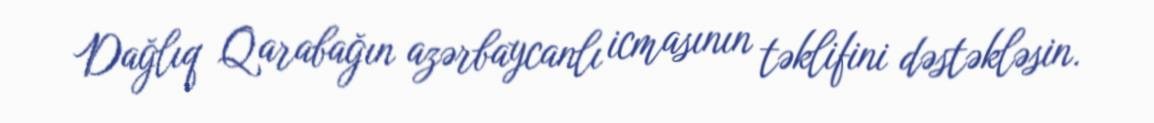
Dağlıq Qarabağın azərbaycanlı icmasının təklifini dəstəkləsin.